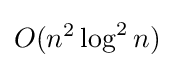
O(n^{2}\log ^{2}n)